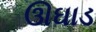
ઊઘાડ